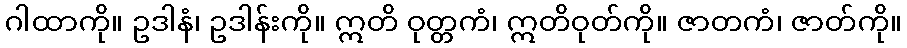
ဂါထာကို။ ဥဒါနံ၊ ဥဒါန်းကို။ ဣတိ ဝုတ္တကံ၊ ဣတိဝုတ်ကို။ ဇာတကံ၊ ဇာတ်ကို။